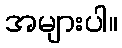
အများပါ။